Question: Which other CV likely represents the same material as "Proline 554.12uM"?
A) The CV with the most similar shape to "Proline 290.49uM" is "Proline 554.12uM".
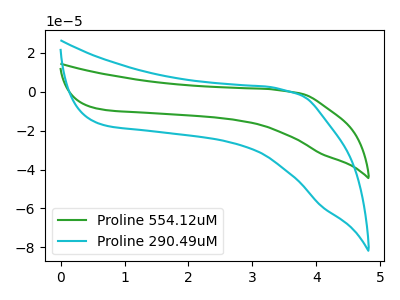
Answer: <think>The green curve "Proline 554.12uM" has no peaks. The cyan curve "Proline 290.49uM" has no peaks.
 Neither "Proline 554.12uM" or "Proline 290.49uM" have any peaks.</think>
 <answer>A) The CV with the most similar shape to "Proline 290.49uM" is "Proline 554.12uM".</answer>
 <eval>A</eval>